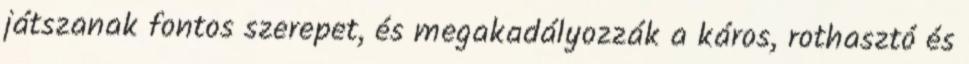
játszanak fontos szerepet, és megakadályozzák a káros, rothasztó és